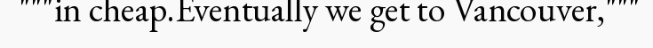
"""in cheap.Eventually we get to Vancouver,"""